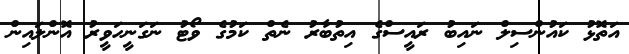
އަތޮޅު ކައުންސިލް ނައިބު ރައީސްގެ އިތުބާރު ނެތް ކަމުގެ ވޯޓު ނަގަނީހަވީރު އޮންލައިން